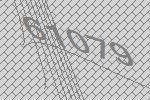
61079